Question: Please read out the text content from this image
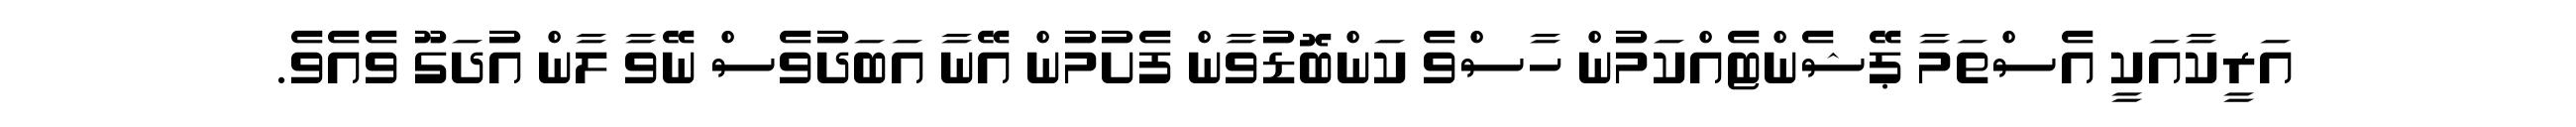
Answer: އަރީކާއަކީ އެސްތަމާ ޕޭޝެންޓެއްކަމުން ހާސްވެ ކަންބޮޑުވާން ފެށުމުން އޭނާ އަބަދުވެސް ނޭވާ ލާން އުދަގޫ ވެއެވެ.